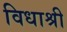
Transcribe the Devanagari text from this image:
विधाश्री